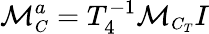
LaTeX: {\cal M}_{\small{C}}^{a}=T_{4}^{-1}{\cal M}_{\small{C_{T}}}I